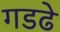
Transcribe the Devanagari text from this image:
गडढे